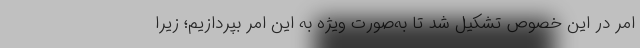
امر در این خصوص تشکیل شد تا به‌صورت ویژه به این امر بپردازیم؛ زیرا